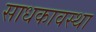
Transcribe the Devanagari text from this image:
साधकावस्था